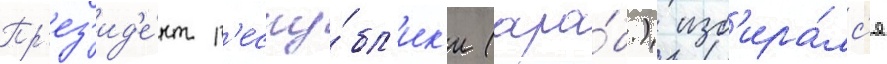
Пр'ез'ид'е́нт р'еспу́бл'ик'и (ара́б.) изб'ира́лс'я